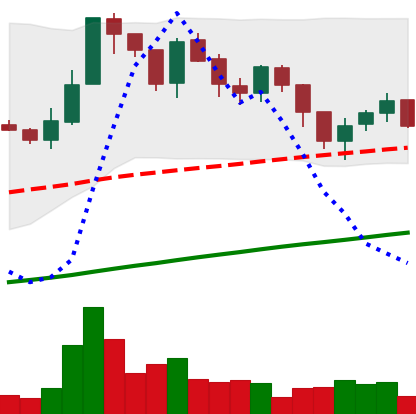
Ticker: LTC-USD
Chart end date: 2017-07-19
Forward return: 8.665%
Label: up_7plus